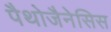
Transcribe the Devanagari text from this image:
पैथोजैनेसिस